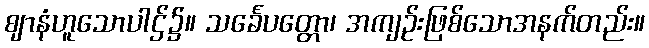
ဈာနံဟူသောပါဌ်၌။ သင်္ခေပတ္တော၊ အကျဉ်းဖြစ်သောအနက်တည်း။